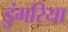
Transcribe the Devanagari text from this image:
डुंगरिया